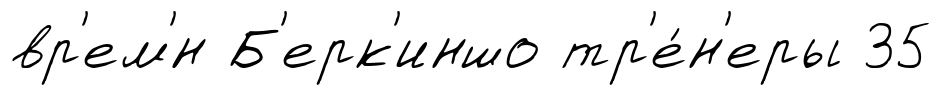
вр'ем'́н Б'ерк'иншо тр'е́н'еры 35